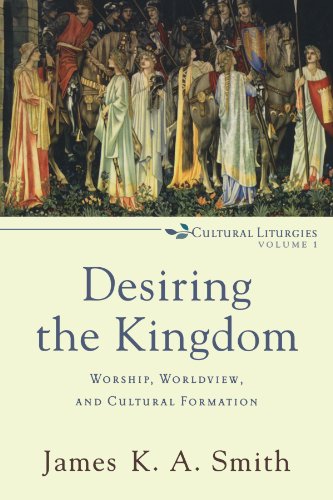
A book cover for Desiring the Kingdom: Worship, Worldview, and Cultural Formation (Cultural Liturgies); James K.A. Smith; Christian Books & Bibles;